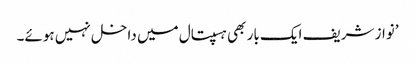
’نواز شریف ایک بار بھی ہسپتال میں داخل نہیں ہوئے۔